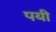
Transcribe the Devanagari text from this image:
पयी